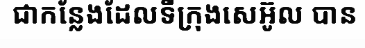
ជាកន្លែងដែលទីក្រុងសេអ៊ូល បាន